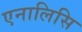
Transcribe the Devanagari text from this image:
एनालिसि